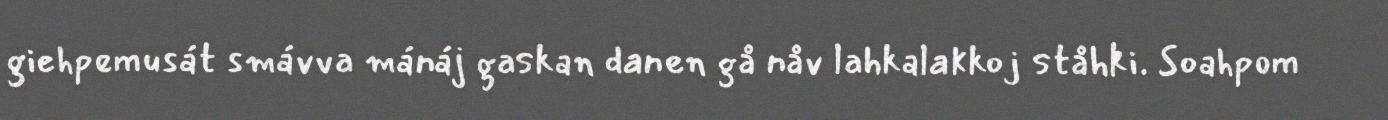
giehpemusát smávva mánáj gaskan danen gå nåv lahkalakkoj ståhki. Soahpom